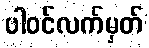
ပါဝင်လက်မှတ်